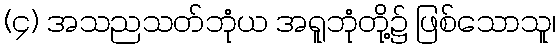
(၄) အသညသတ်ဘုံယ အရူဘုံတို့၌ ဖြစ်သောသူ၊